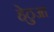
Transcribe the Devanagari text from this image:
हेठुआ